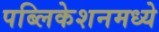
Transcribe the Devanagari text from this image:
पब्लिकेशनमध्ये